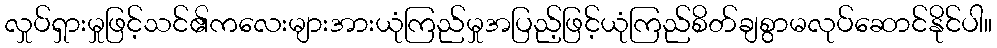
လှုပ်ရှားမှုဖြင့်သင်၏ကလေးများအားယုံကြည်မှုအပြည့်ဖြင့်ယုံကြည်စိတ်ချစွာမလုပ်ဆောင်နိုင်ပါ။